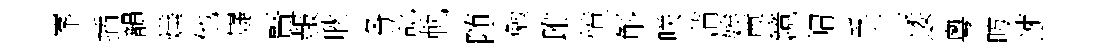
峯插韻燁他嶷賢赧耿各訖軌随勉雎憤斛咲蒲娭尊鏡㡌孚工逶粵昉速